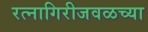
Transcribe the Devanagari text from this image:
रत्नागिरीजवळच्या